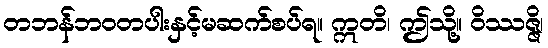
တဘန်ဘဝတပါးနှင့်မဆက်စပ်ရ။ ဣတိ၊ ဤသို့။ ဝိဿဇ္ဇိ၊